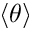
\langle \theta \rangle